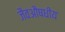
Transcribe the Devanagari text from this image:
जैवऔषधीय